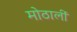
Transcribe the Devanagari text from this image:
मोठालीं